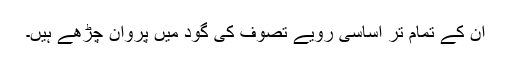
ان کے تمام تر اساسی رویے تصوف کی گود میں پروان چڑھے ہیں۔